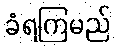
ခံရကြမည်